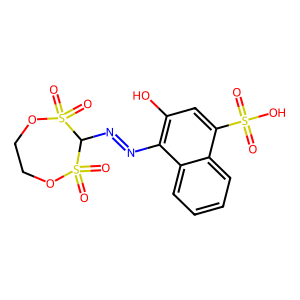
SMILES: O=S(=O)(O)c1cc(O)c(N=NC2S(=O)(=O)OCCOS2(=O)=O)c2ccccc12
Inhibits HIV replication: No